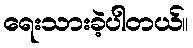
ရေးသားခဲ့ပါတယ်။